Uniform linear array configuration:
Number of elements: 24
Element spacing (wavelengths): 0.5
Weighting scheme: cosine
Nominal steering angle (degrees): -60
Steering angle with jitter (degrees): -58.085
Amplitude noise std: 0.05
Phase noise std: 0.05

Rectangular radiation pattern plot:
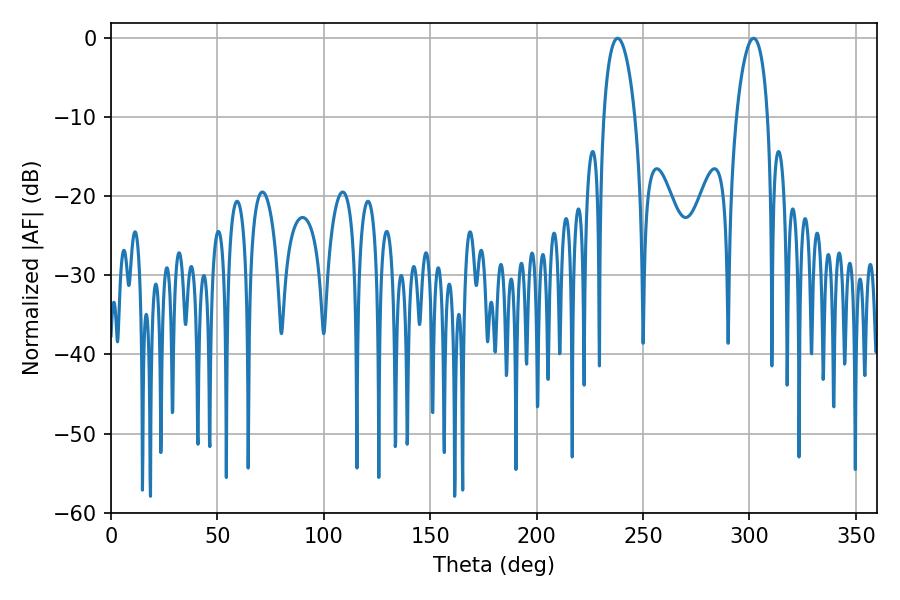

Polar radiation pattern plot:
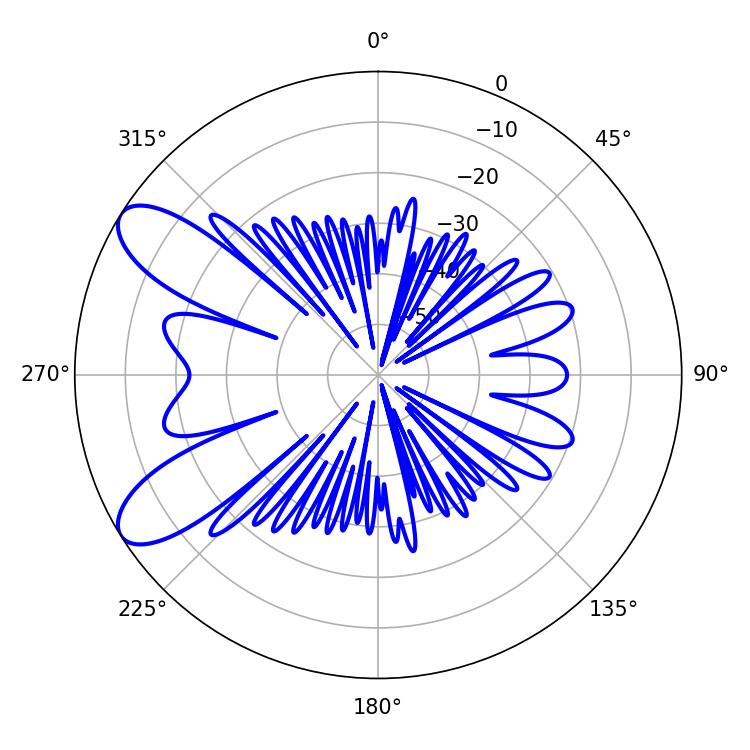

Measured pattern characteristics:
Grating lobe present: FALSE
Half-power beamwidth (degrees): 8.28
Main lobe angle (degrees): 238.14